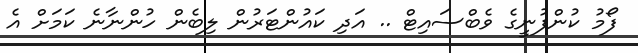
ފޯމު ކުންފުނީގެ ވެބްސައިޓް .. އަދި ކައުންޓަރުން ލިބެން ހުންނާނެ ކަމަށް އެ